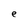
Character: e